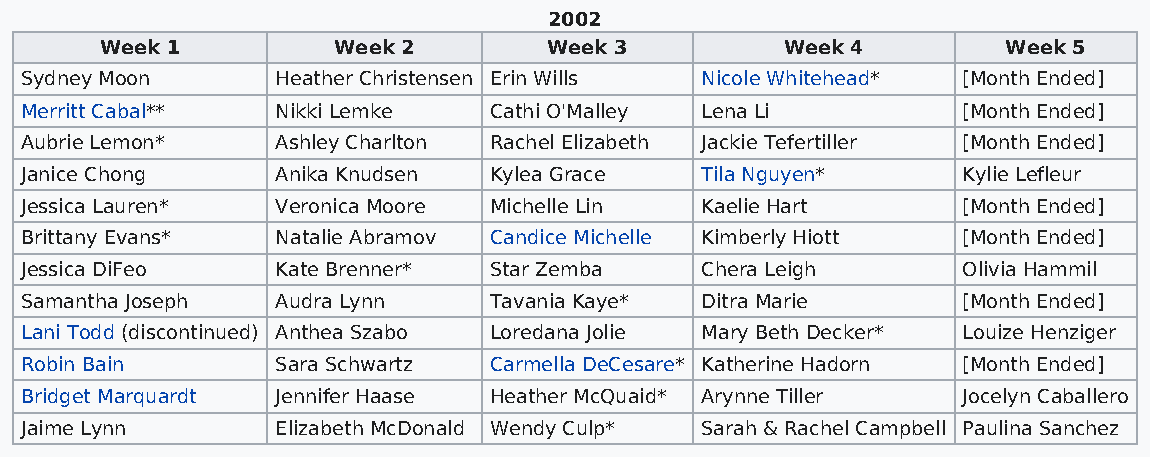
2002
 Week 1         Week 2        Week 3          Week 4         Week 5
 Sydney Moon      Heather Christensen Erin Wills Nicole Whitehead* [Month Ended]
 Merritt Cabal**  Nikki Lemke   Cathi O'Malley Lena Li          [Month Ended]
 Aubrie Lemon*    Ashley Charlton Rachel Elizabeth Jackie Tefertiller [Month Ended]
 Janice Chong     Anika Knudsen Kylea Grace   Tila Nguyen*      Kylie Lefleur
 Jessica Lauren*  Veronica Moore Michelle Lin Kaelie Hart       [Month Ended]
 Brittany Evans*  Natalie Abramov Candice Michelle Kimberly Hiott [Month Ended]
 Jessica DiFeo    Kate Brenner* Star Zemba    Chera Leigh       Olivia Hammil
 Samantha Joseph  Audra Lynn    Tavania Kaye* Ditra Marie       [Month Ended]
 Lani Todd (discontinued) Anthea Szabo Loredana Jolie Mary Beth Decker* Louize Henziger
 Robin Bain       Sara Schwartz Carmella DeCesare* Katherine Hadorn [Month Ended]
 Bridget Marquardt Jennifer Haase Heather McQuaid* Arynne Tiller Jocelyn Caballero
 Jaime Lynn       Elizabeth McDonald Wendy Culp* Sarah & Rachel Campbell Paulina Sanchez